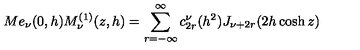
M e _ { \nu } ( 0 , h ) M _ { \nu } ^ { ( 1 ) } ( z , h ) = \sum _ { r = - \infty } ^ { \infty } c _ { 2 r } ^ { \nu } ( h ^ { 2 } ) J _ { \nu + 2 r } ( 2 h \cosh z )